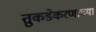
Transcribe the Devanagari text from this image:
तुकडेकरणाच्या